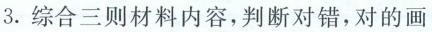
(3(1)2016~2018年，中国农村居民出境游人数的增长幅度明显高于城镇居民出境游人数的增长幅度，0”后和”80”后比较有条件走出国门石世界)中国民众出境游选择”生活体验慢慢慢”多是”90”后和”0材料三中，三幅图代表了中国民众出境游的三种主要类型。请结合材料二、三，预测在接下来的五年中，这三种类型中哪一种预测在中国民众出境游的主要趋势，并简述你的理(3分